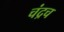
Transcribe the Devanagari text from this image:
चंद्रच